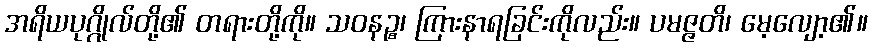
အရိယပုဂ္ဂိုလ်တို့၏ တရားတို့ကို။ သဝနဉ္စ၊ ကြားနာရခြင်းကိုလည်း။ ပမဇ္ဇတိ၊ မေ့လျော့၏။